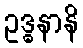
ဥဒ္ဓနာနိ